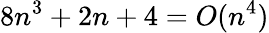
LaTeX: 8n^{3}+2n+4=O(n^{4})